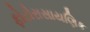
ફોટોરાસાયણિક